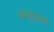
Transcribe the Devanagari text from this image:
बन्धुजनो